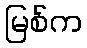
မြစ်က